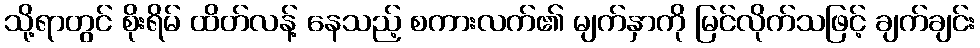
သို့ရာတွင် စိုးရိမ် ထိတ်လန့် နေသည့် စကားလက်၏ မျက်နှာကို မြင်လိုက်သဖြင့် ချက်ချင်း